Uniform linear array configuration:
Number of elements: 12
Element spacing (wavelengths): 0.25
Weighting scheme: hamming
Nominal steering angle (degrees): -15
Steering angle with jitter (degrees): -15.062
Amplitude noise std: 0.05
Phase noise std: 0.05

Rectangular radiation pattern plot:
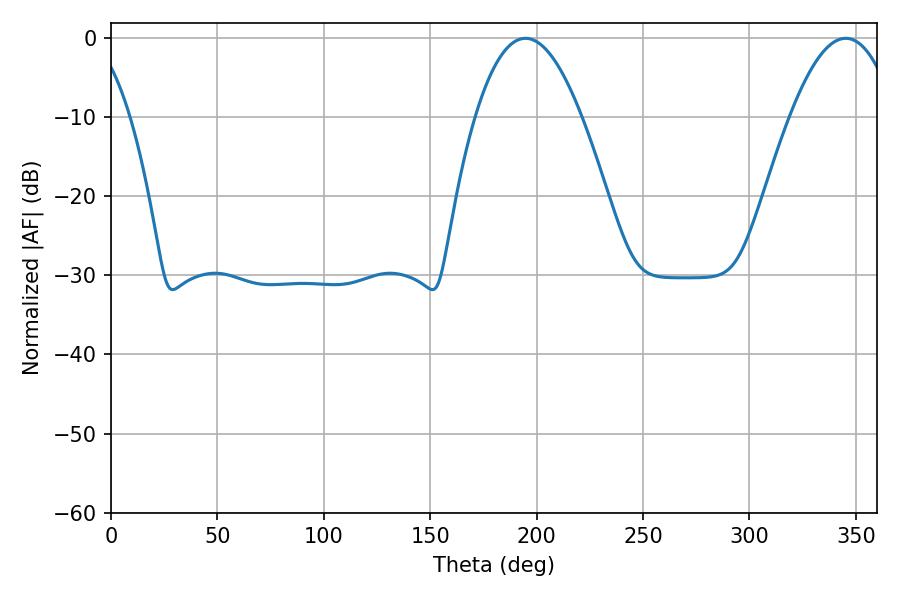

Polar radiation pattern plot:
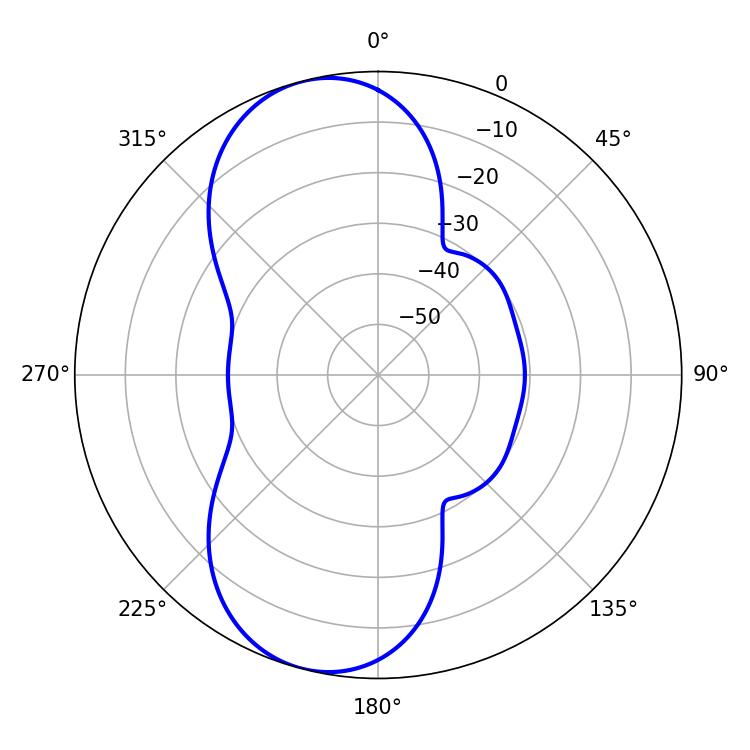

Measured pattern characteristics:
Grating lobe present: FALSE
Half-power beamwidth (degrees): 27.36
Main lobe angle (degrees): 194.76